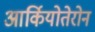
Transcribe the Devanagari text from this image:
आर्कियोतेरोन